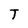
Character: T